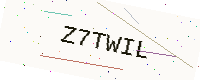
Text: Z7TWIL